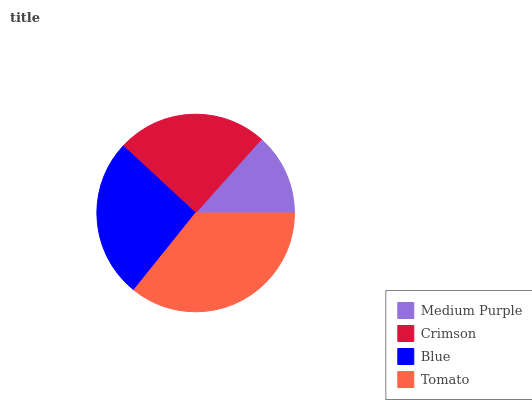
| Medium Purple | Crimson | Blue | Tomato |
 | --- | --- | --- | --- |
 | 13.4% | 24.7% | 26.1% | 35.8% |